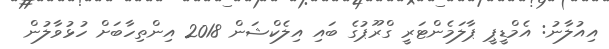
އިއުލާނު: އެމްޑީޕީ ޕާލަމެންޓަރީ ގްރޫޕުގެ ބައި އިލެކްޝަން 2018 އިންތިހާބަށް ހުޅުވާލުން